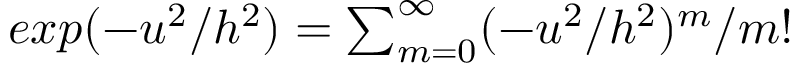
\begin{array} { r } { \textbf { } e x p ( - u ^ { 2 } / h ^ { 2 } ) = \sum _ { m = 0 } ^ { \infty } ( - u ^ { 2 } / h ^ { 2 } ) ^ { m } / m ! } \end{array}